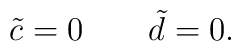
\quad \tilde{c} = 0 \quad \quad \tilde{d} = 0.